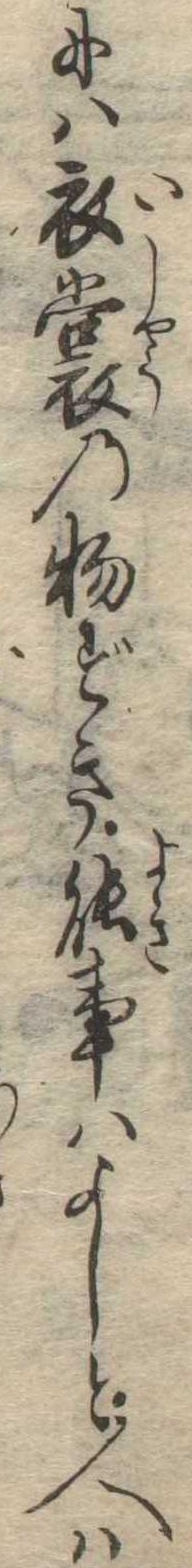
には衣裳の物ずき能事はよしと人は